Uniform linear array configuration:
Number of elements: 32
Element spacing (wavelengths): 0.5
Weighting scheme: hamming
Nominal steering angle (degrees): -60
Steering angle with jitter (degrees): -61.908
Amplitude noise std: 0.05
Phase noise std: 0.05

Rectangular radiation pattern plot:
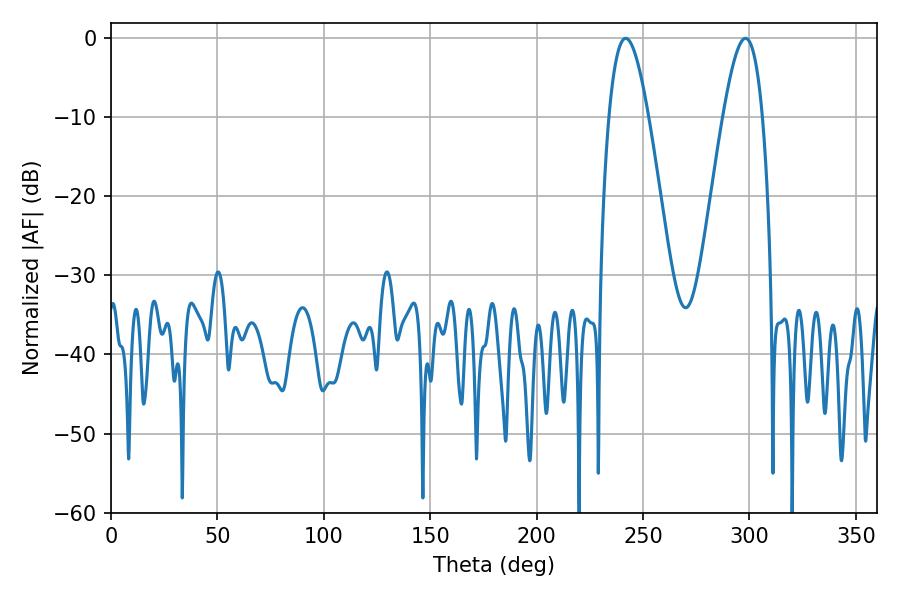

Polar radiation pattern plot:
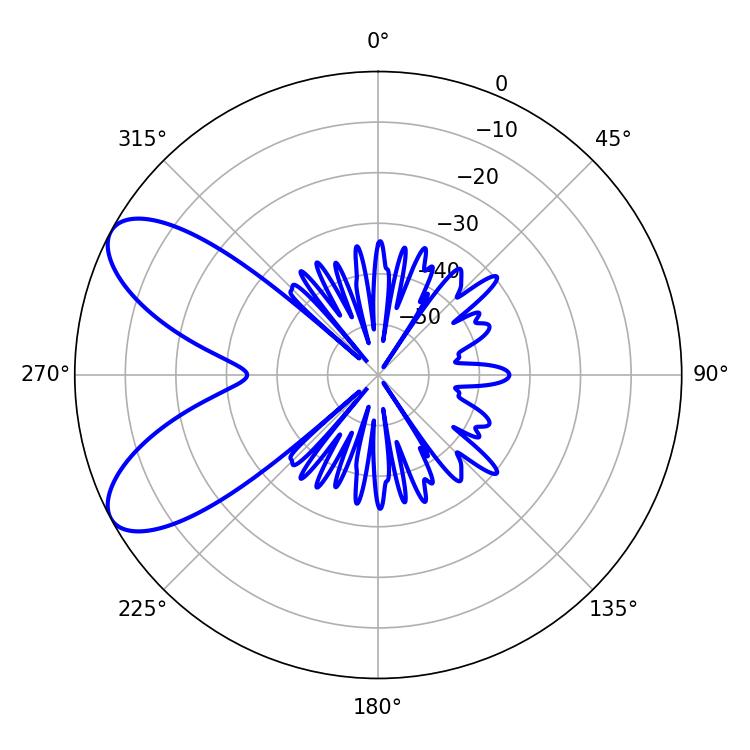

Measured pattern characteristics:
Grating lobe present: FALSE
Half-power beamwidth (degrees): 10.08
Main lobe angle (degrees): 241.92